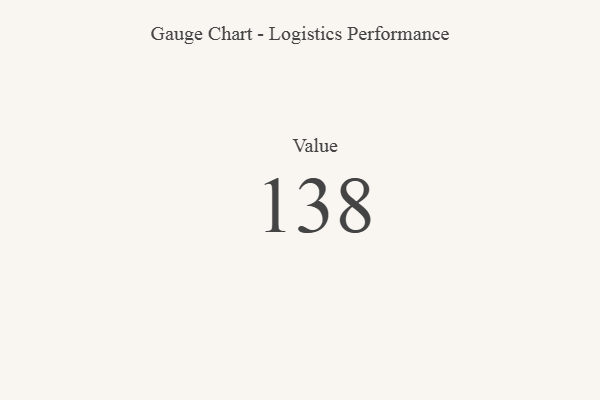
{"axis": {"x": "Metric", "y": "Value"}, "legend": [""], "data": [{"x": "Value", "y": 138, "type": ""}]}